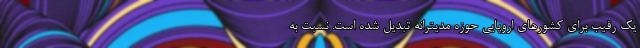
یک رقیب برای کشورهای اروپایی حوزه مدیترانه تبدیل شده است. نسبت به